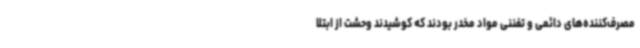
مصرف‌کننده‌های دائمی و تفننی مواد مخدر بودند که کوشیدند وحشت از ابتلا